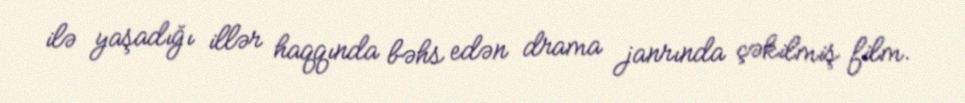
ilə yaşadığı illər haqqında bəhs edən drama janrında çəkilmiş film.